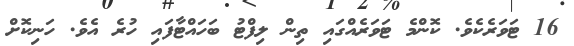
16 ޓަވަރެކެވެ. ކޮންމެ ޓަވަރެއްގައި ތިން ލިފްޓު ބަހައްޓާފައި ހުރެ އެވެ. ހަނިކޮށް